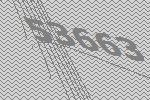
53663